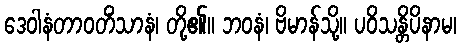
ဒေဝါနံတာဝတိံသာနံ၊ တို့၏။ ဘဝနံ၊ ဗိမာန်သို့။ ပဝိသန္တိပိနာမ၊